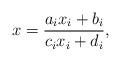
LaTeX: \begin{align*} x = \frac{a_ix_i+b_i}{c_ix_i+d_i},\end{align*}